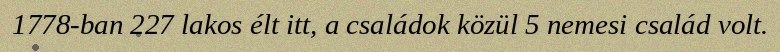
1778-ban 227 lakos élt itt, a családok közül 5 nemesi család volt.